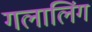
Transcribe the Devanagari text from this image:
गलालिंग